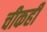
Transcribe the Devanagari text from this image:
चीकही